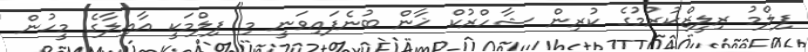
ފިލްމު ރިލީޒްކުރުމުގެ ކުރިން ޝާހްރުކް ޚާން ބުނެފައިވަނީ މި ފިލްމަކީ އާއިލާގެ މީހުން